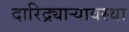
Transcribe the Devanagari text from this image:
दारिद्र्याऱ्यावस्था